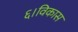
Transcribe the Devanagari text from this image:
६।विकास